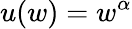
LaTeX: u(w)=w^{\alpha}